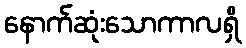
နောက်ဆုံးသောကာလရှိ